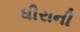
ધીરાની